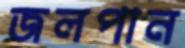
জলপান